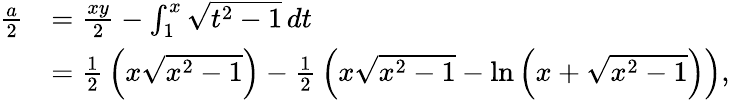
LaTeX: {\begin{array}{rl}{{\frac{a}{2}}}&{={\frac{xy}{2}}-\int_{1}^{x}{\sqrt{t^{2}-1}}\, dt}\\ &{={\frac{1}{2}}\left(x{\sqrt{x^{2}-1}}\right)-{\frac{1}{2}}\left(x{\sqrt{x^{2}-1}}-\ln\left(x+{\sqrt{x^{2}-1}}\right)\right),}\end{array}}